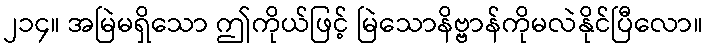
၂၁၄။ အမြဲမရှိသော ဤကိုယ်ဖြင့် မြဲသောနိဗ္ဗာန်ကိုမလဲနိုင်ပြီလော။